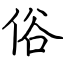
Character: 俗